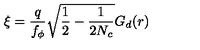
\xi = \frac { q } { f _ { \phi } } \sqrt { \frac { 1 } { 2 } - \frac { 1 } { 2 N _ { c } } } G _ { d } ( r )